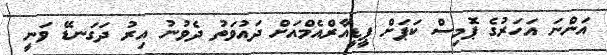
އަންނަ އަހަރުގެ ޕޮމިސް ކަޕަށް ޕީޑީއާރްއެމްއަށް ދައުވަތު ދެވުނު އިރު ދަގަނޑޭ ވަނީ